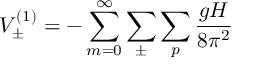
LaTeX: V _ { \pm } ^ { ( 1 ) } = - \sum _ { m = 0 } ^ { \infty } \sum _ { \pm } \sum _ { p } \frac { g H } { 8 \pi ^ { 2 } }